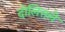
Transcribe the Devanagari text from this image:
दोलित्तले